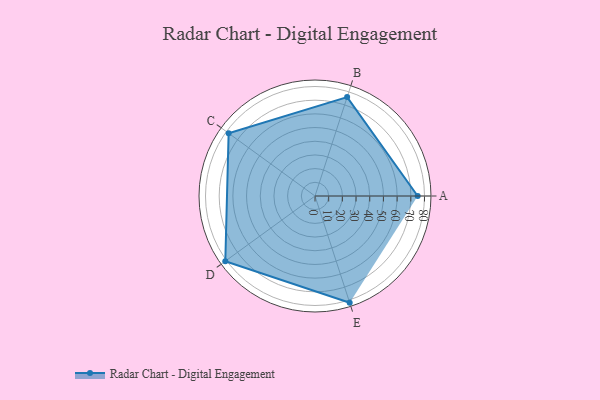
{"axis": {"x": "Skill", "y": "Score"}, "legend": ["Profile"], "data": [{"x": "A", "y": 75.0, "type": "Profile"}, {"x": "B", "y": 76.0, "type": "Profile"}, {"x": "C", "y": 78.0, "type": "Profile"}, {"x": "D", "y": 81.0, "type": "Profile"}, {"x": "E", "y": 82.0, "type": "Profile"}]}